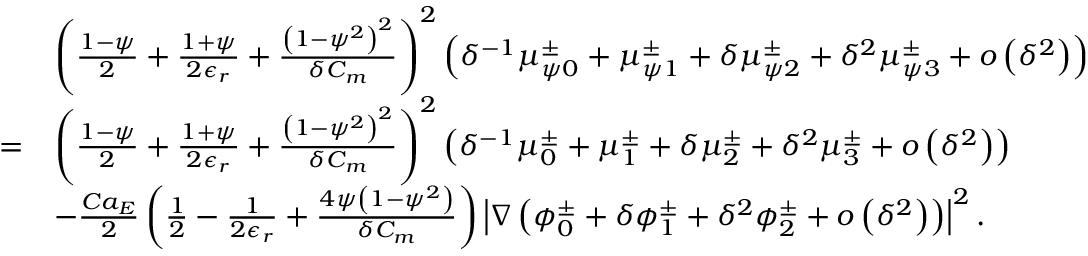
\begin{array} { r l } & { \left( \frac { 1 - \psi } { 2 } + \frac { 1 + \psi } { 2 \epsilon _ { r } } + \frac { \left( 1 - \psi ^ { 2 } \right) ^ { 2 } } { \delta C _ { m } } \right) ^ { 2 } \left( \delta ^ { - 1 } \mu _ { \psi 0 } ^ { \pm } + \mu _ { \psi 1 } ^ { \pm } + \delta \mu _ { \psi 2 } ^ { \pm } + \delta ^ { 2 } \mu _ { \psi 3 } ^ { \pm } + o \left( \delta ^ { 2 } \right) \right) } \\ { = } & { \left( \frac { 1 - \psi } { 2 } + \frac { 1 + \psi } { 2 \epsilon _ { r } } + \frac { \left( 1 - \psi ^ { 2 } \right) ^ { 2 } } { \delta C _ { m } } \right) ^ { 2 } \left( \delta ^ { - 1 } \mu _ { 0 } ^ { \pm } + \mu _ { 1 } ^ { \pm } + \delta \mu _ { 2 } ^ { \pm } + \delta ^ { 2 } \mu _ { 3 } ^ { \pm } + o \left( \delta ^ { 2 } \right) \right) } \\ & { - \frac { C a _ { E } } { 2 } \left( \frac { 1 } { 2 } - \frac { 1 } { 2 \epsilon _ { r } } + \frac { 4 \psi \left( 1 - \psi ^ { 2 } \right) } { \delta C _ { m } } \right) \left| \nabla \left( \phi _ { 0 } ^ { \pm } + \delta \phi _ { 1 } ^ { \pm } + \delta ^ { 2 } \phi _ { 2 } ^ { \pm } + o \left( \delta ^ { 2 } \right) \right) \right| ^ { 2 } . } \end{array}